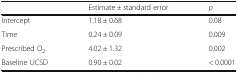
|  | Estimate ± standard error | p |
 | --- | --- | --- |
 | Intercept | 1.18 ± 0.68 | 0.08 |
 | Time | 0.24 ± 0.09 | 0.009 |
 | Prescribed O2 | 4.02 ± 1.32 | 0.002 |
 | Baseline UCSD | 0.90 ± 0.02 | < 0.0001 |